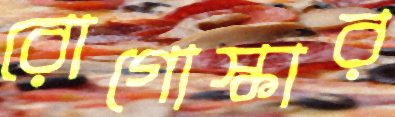
রোগোস্কার